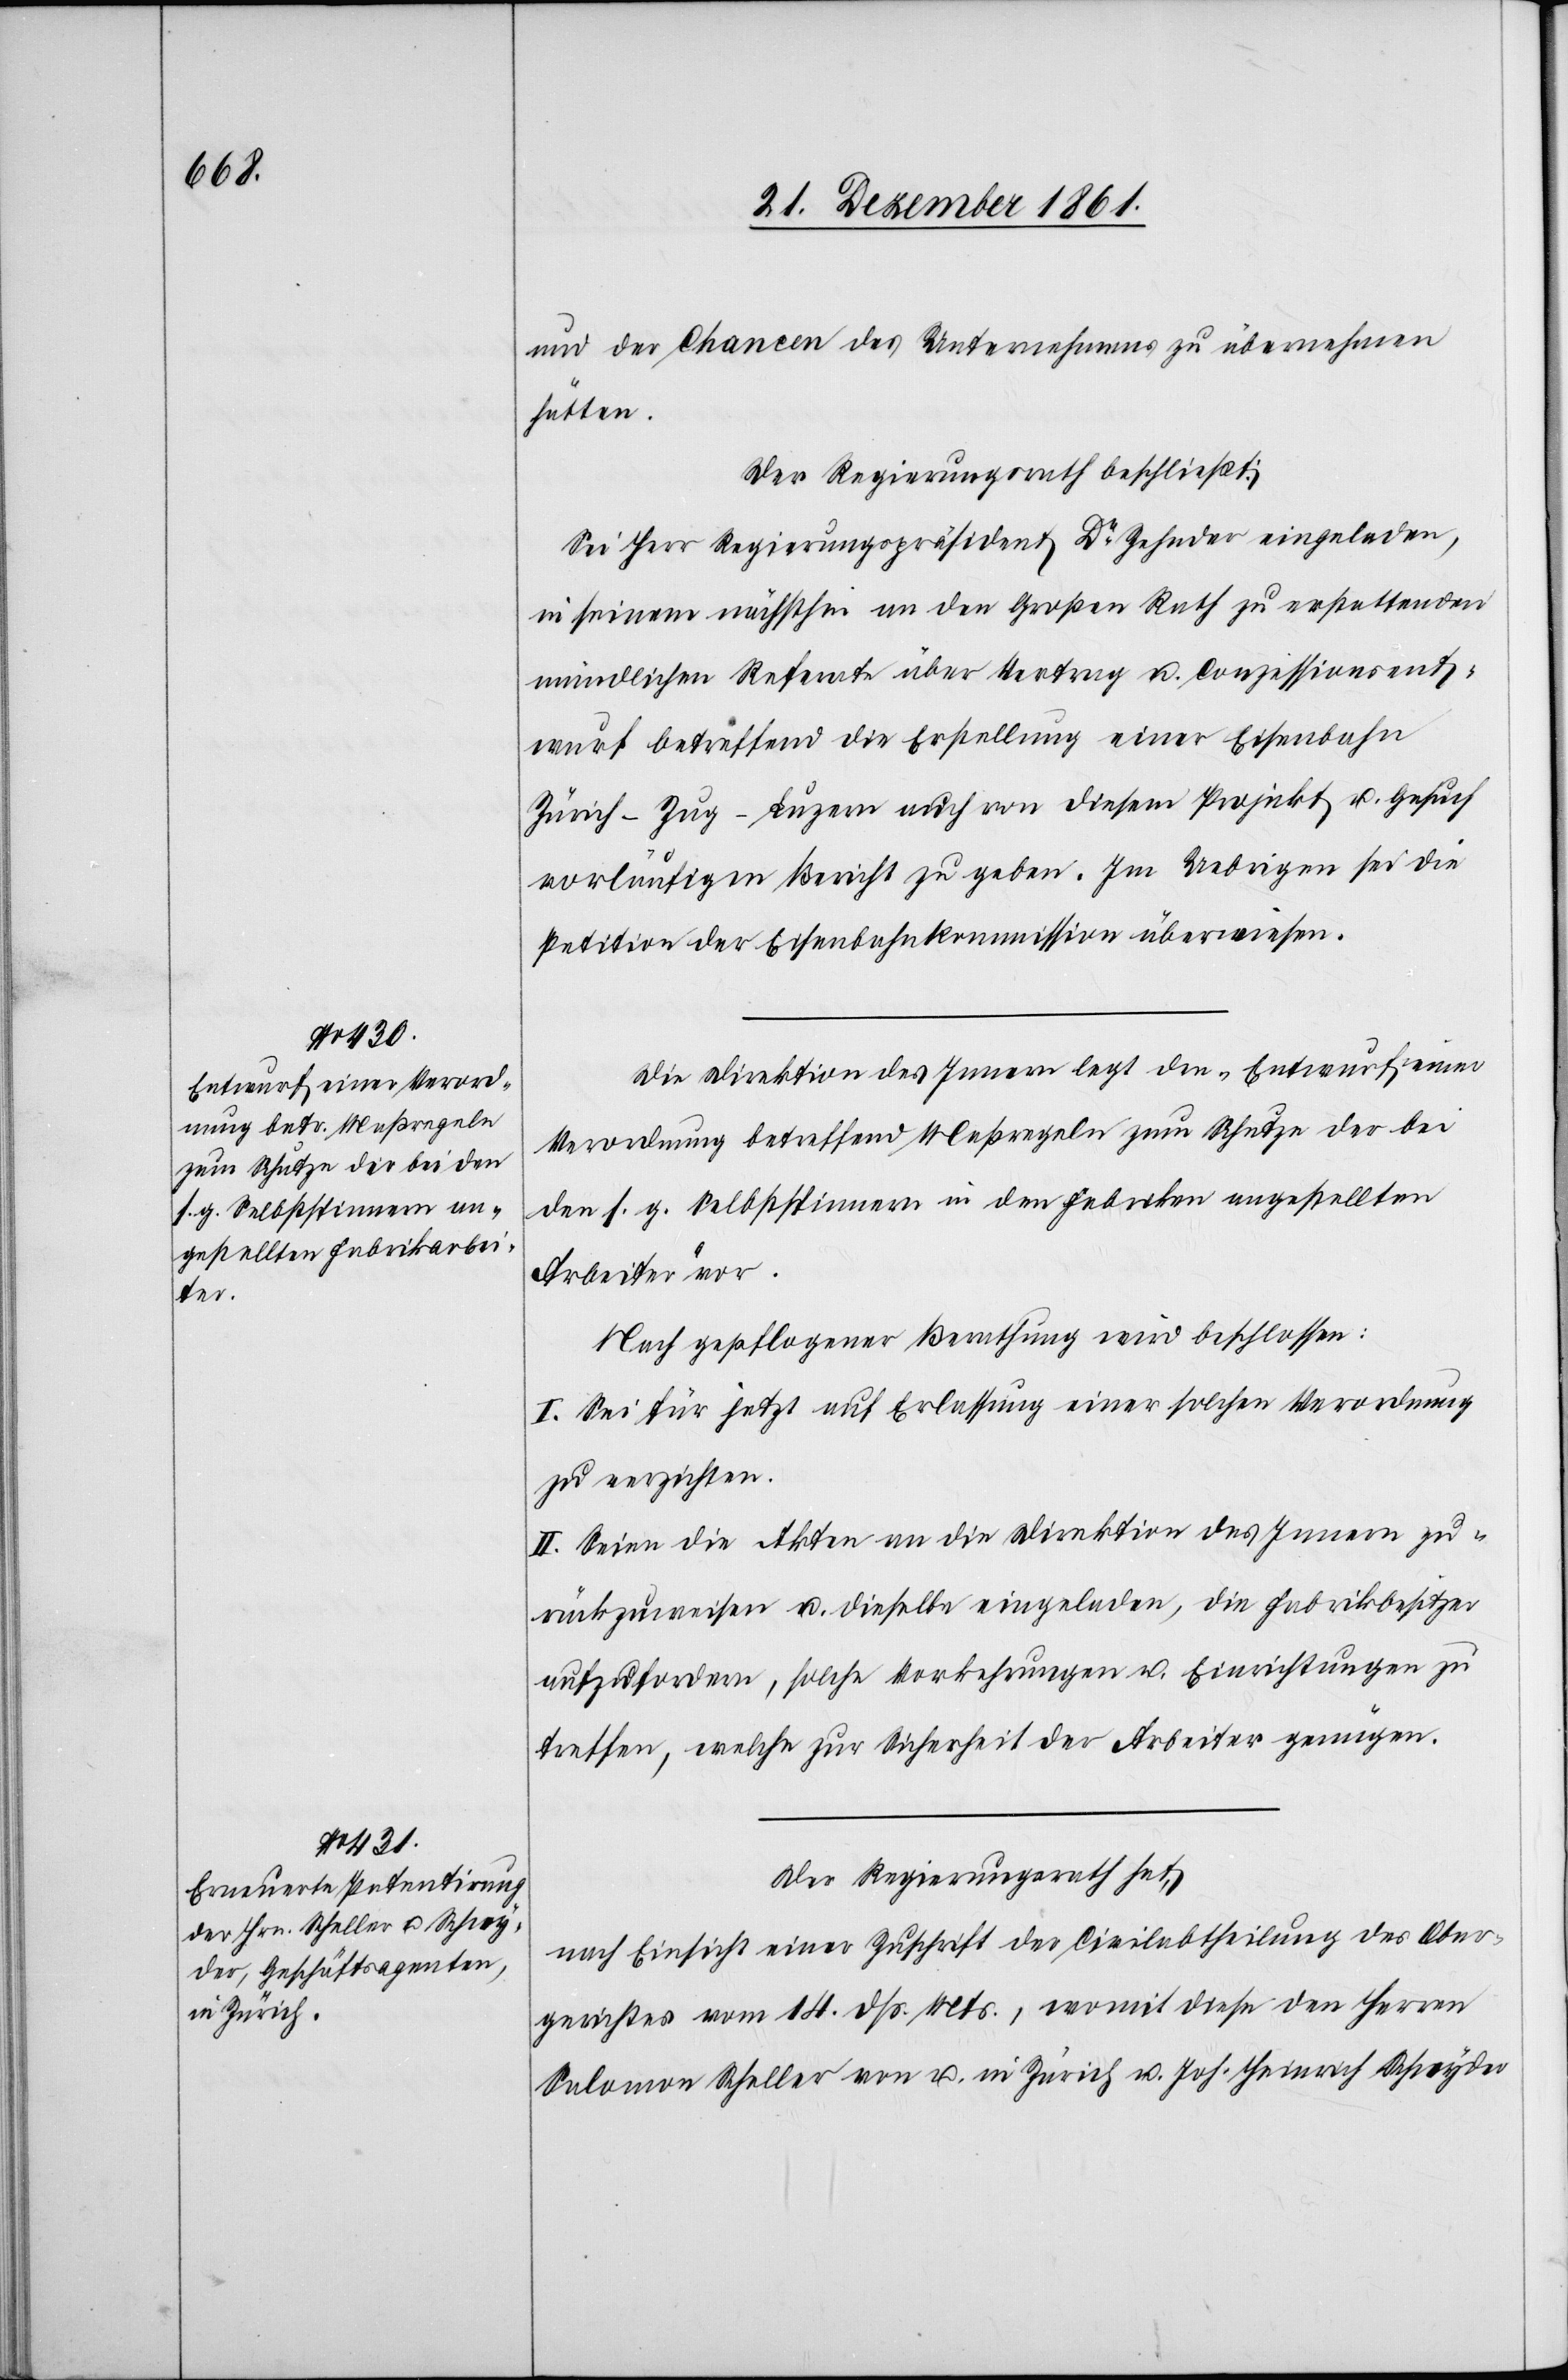
und der Chancen des Unternehmens zu übernehmen
hätten.
Der Regierungsrath beschließt:
Sei Herr Regierungspräsident Dr Zehnder eingeladen,
in seinem nächsthin an den Großen Rath zu erstattenden
mündlichen Referate über Vertrag u. Conzessionsent¬
wurf betreffend die Erstellung einer Eisenbahn
Zürich-Zug-Luzern auch von diesem Projekt u. Gesuch
vorläufigen Bericht zu geben. Im Uebrigen sei die
Petition der Eisenbahnkommission überwiesen.
Die Direktion des Innern legt den Entwurf einer
Verordnung betreffend Maßregeln zum Schutze der bei
den s. g. Selbstspinnern in den Fabriken angestellten
Arbeiter vor.
Nach gepflogener Berathung wird beschlossen:
I. Sei für jetzt auf Erlassung einer solchen Verordnung
zu verzichten.
II. Seien die Akten an die Direktion des Innern zu¬
rückzuweisen u. dieselbe eingeladen, die Fabrikbesitzer
aufzufordern, solche Vorkehrungen u. Einrichtungen zu
treffen, welche zur Sicherheit der Arbeiter genügen.
Der Regierungsrath hat,
nach Einsicht einer Zuschrift der Civilabtheilung des Ober¬
gerichtes vom 14 dss. Mts., womit diese den Herrn
Salomon Scheller von u. in Zürich u. Joh. Heinrich Schnyder